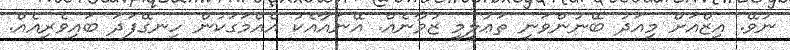
ނުވޭ. އިޒްއަށް މިއަދު ބޭނުންވަނީ ތަޢުލީމީ ޒުވާނެއް. އޭނައާއެކު އެއްމަގަކުން ހިނގޭފަދަ ބައިވެރިއެއް.